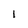
Character: I